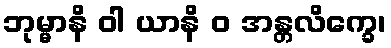
ဘုမ္မာနိ ဝါ ယာနိ ဝ အန္တလိက္ခေ၊